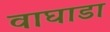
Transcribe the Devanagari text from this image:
वाघाडा